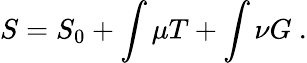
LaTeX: S=S_{0}+\int\mu T+\int\nu G\ .